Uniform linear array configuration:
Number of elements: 48
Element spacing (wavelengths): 1
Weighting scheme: hamming
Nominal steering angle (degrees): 15
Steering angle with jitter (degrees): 15.252
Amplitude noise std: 0.05
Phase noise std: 0.05

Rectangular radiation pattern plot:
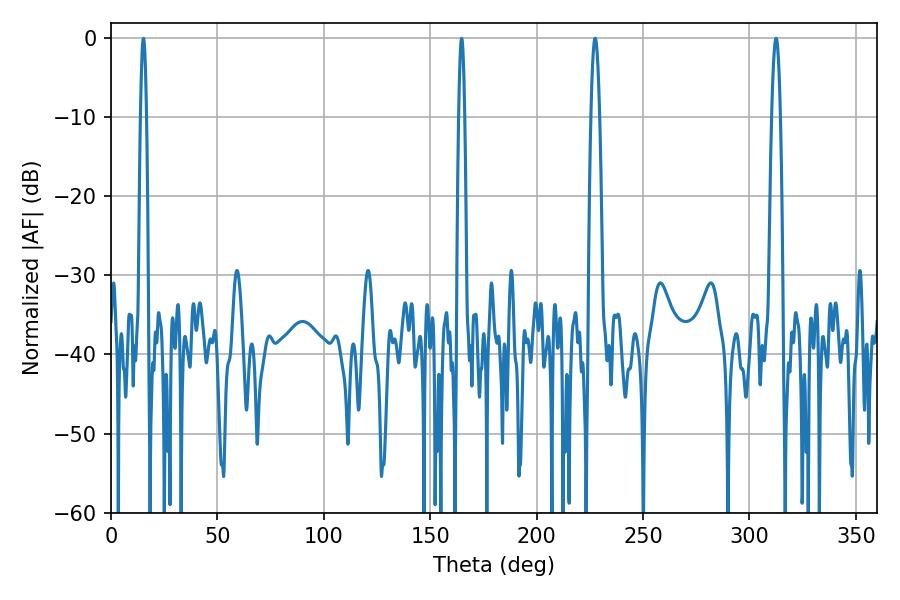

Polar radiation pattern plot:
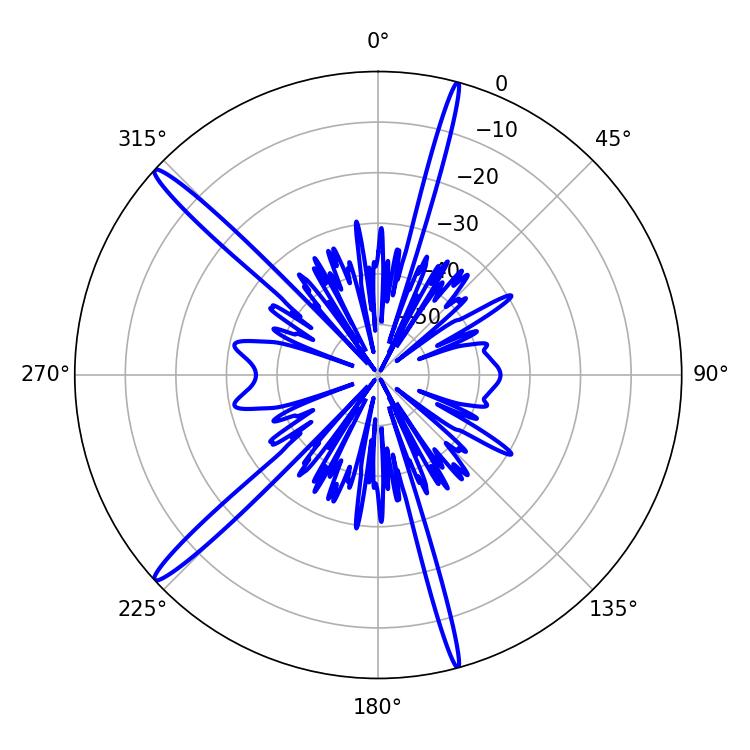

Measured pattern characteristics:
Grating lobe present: TRUE
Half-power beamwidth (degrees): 2.16
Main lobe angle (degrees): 227.52